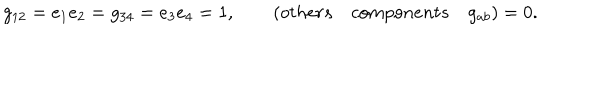
g _ { 1 2 } = e _ { 1 } e _ { 2 } = g _ { 3 4 } = e _ { 3 } e _ { 4 } = 1 , \qquad ( o t h e r s \quad c o m p o n e n t s \quad g _ { a b } ) = 0 .